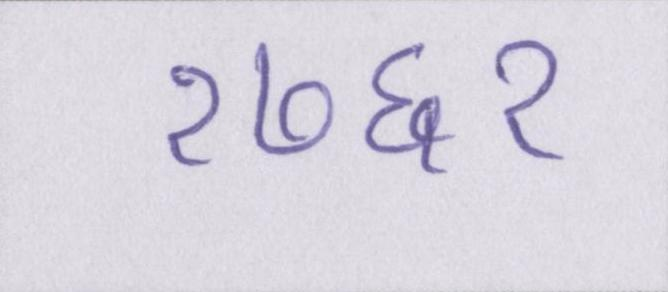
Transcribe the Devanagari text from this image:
१७६१